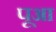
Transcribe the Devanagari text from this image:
पूआ